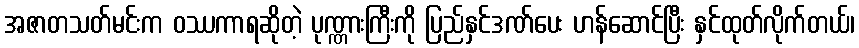
အဇာတသတ်မင်းက ဝဿကာရဆိုတဲ့ ပုဏ္ဏားကြီးကို ပြည်နှင်ဒဏ်ပေး ဟန်ဆောင်ပြီး နှင်ထုတ်လိုက်တယ်၊